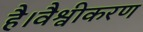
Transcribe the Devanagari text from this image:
है।वैश्वीकरण